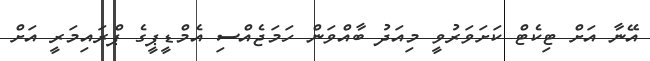
އޭނާ އަށް ޓިކެޓް ކަށަވަރުވީ މިއަދު ބާއްވަން ހަމަޖެއްސި އެމްޑީޕީގެ ޕްރައިމަރީ އަށް